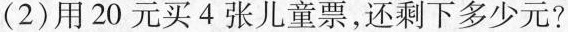
(2)用20元买4张儿童票，还剩下多少元?